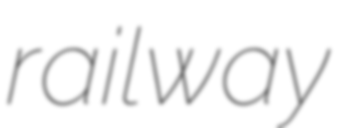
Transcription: railway